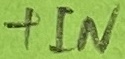
Text: +IN